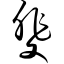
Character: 斐